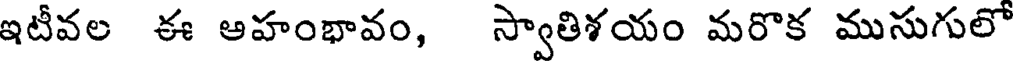
ఇటీవల ఈ ఆహంభావం, స్వాతిశయం మరొక ముసుగులో